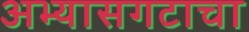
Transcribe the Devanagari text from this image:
अभ्यासगटाचा